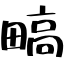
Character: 𬏐